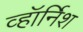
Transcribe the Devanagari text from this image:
व्हॉर्निश